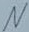
Text: N